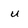
Character: u